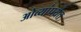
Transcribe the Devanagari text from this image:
ओव्यांपर्यंत